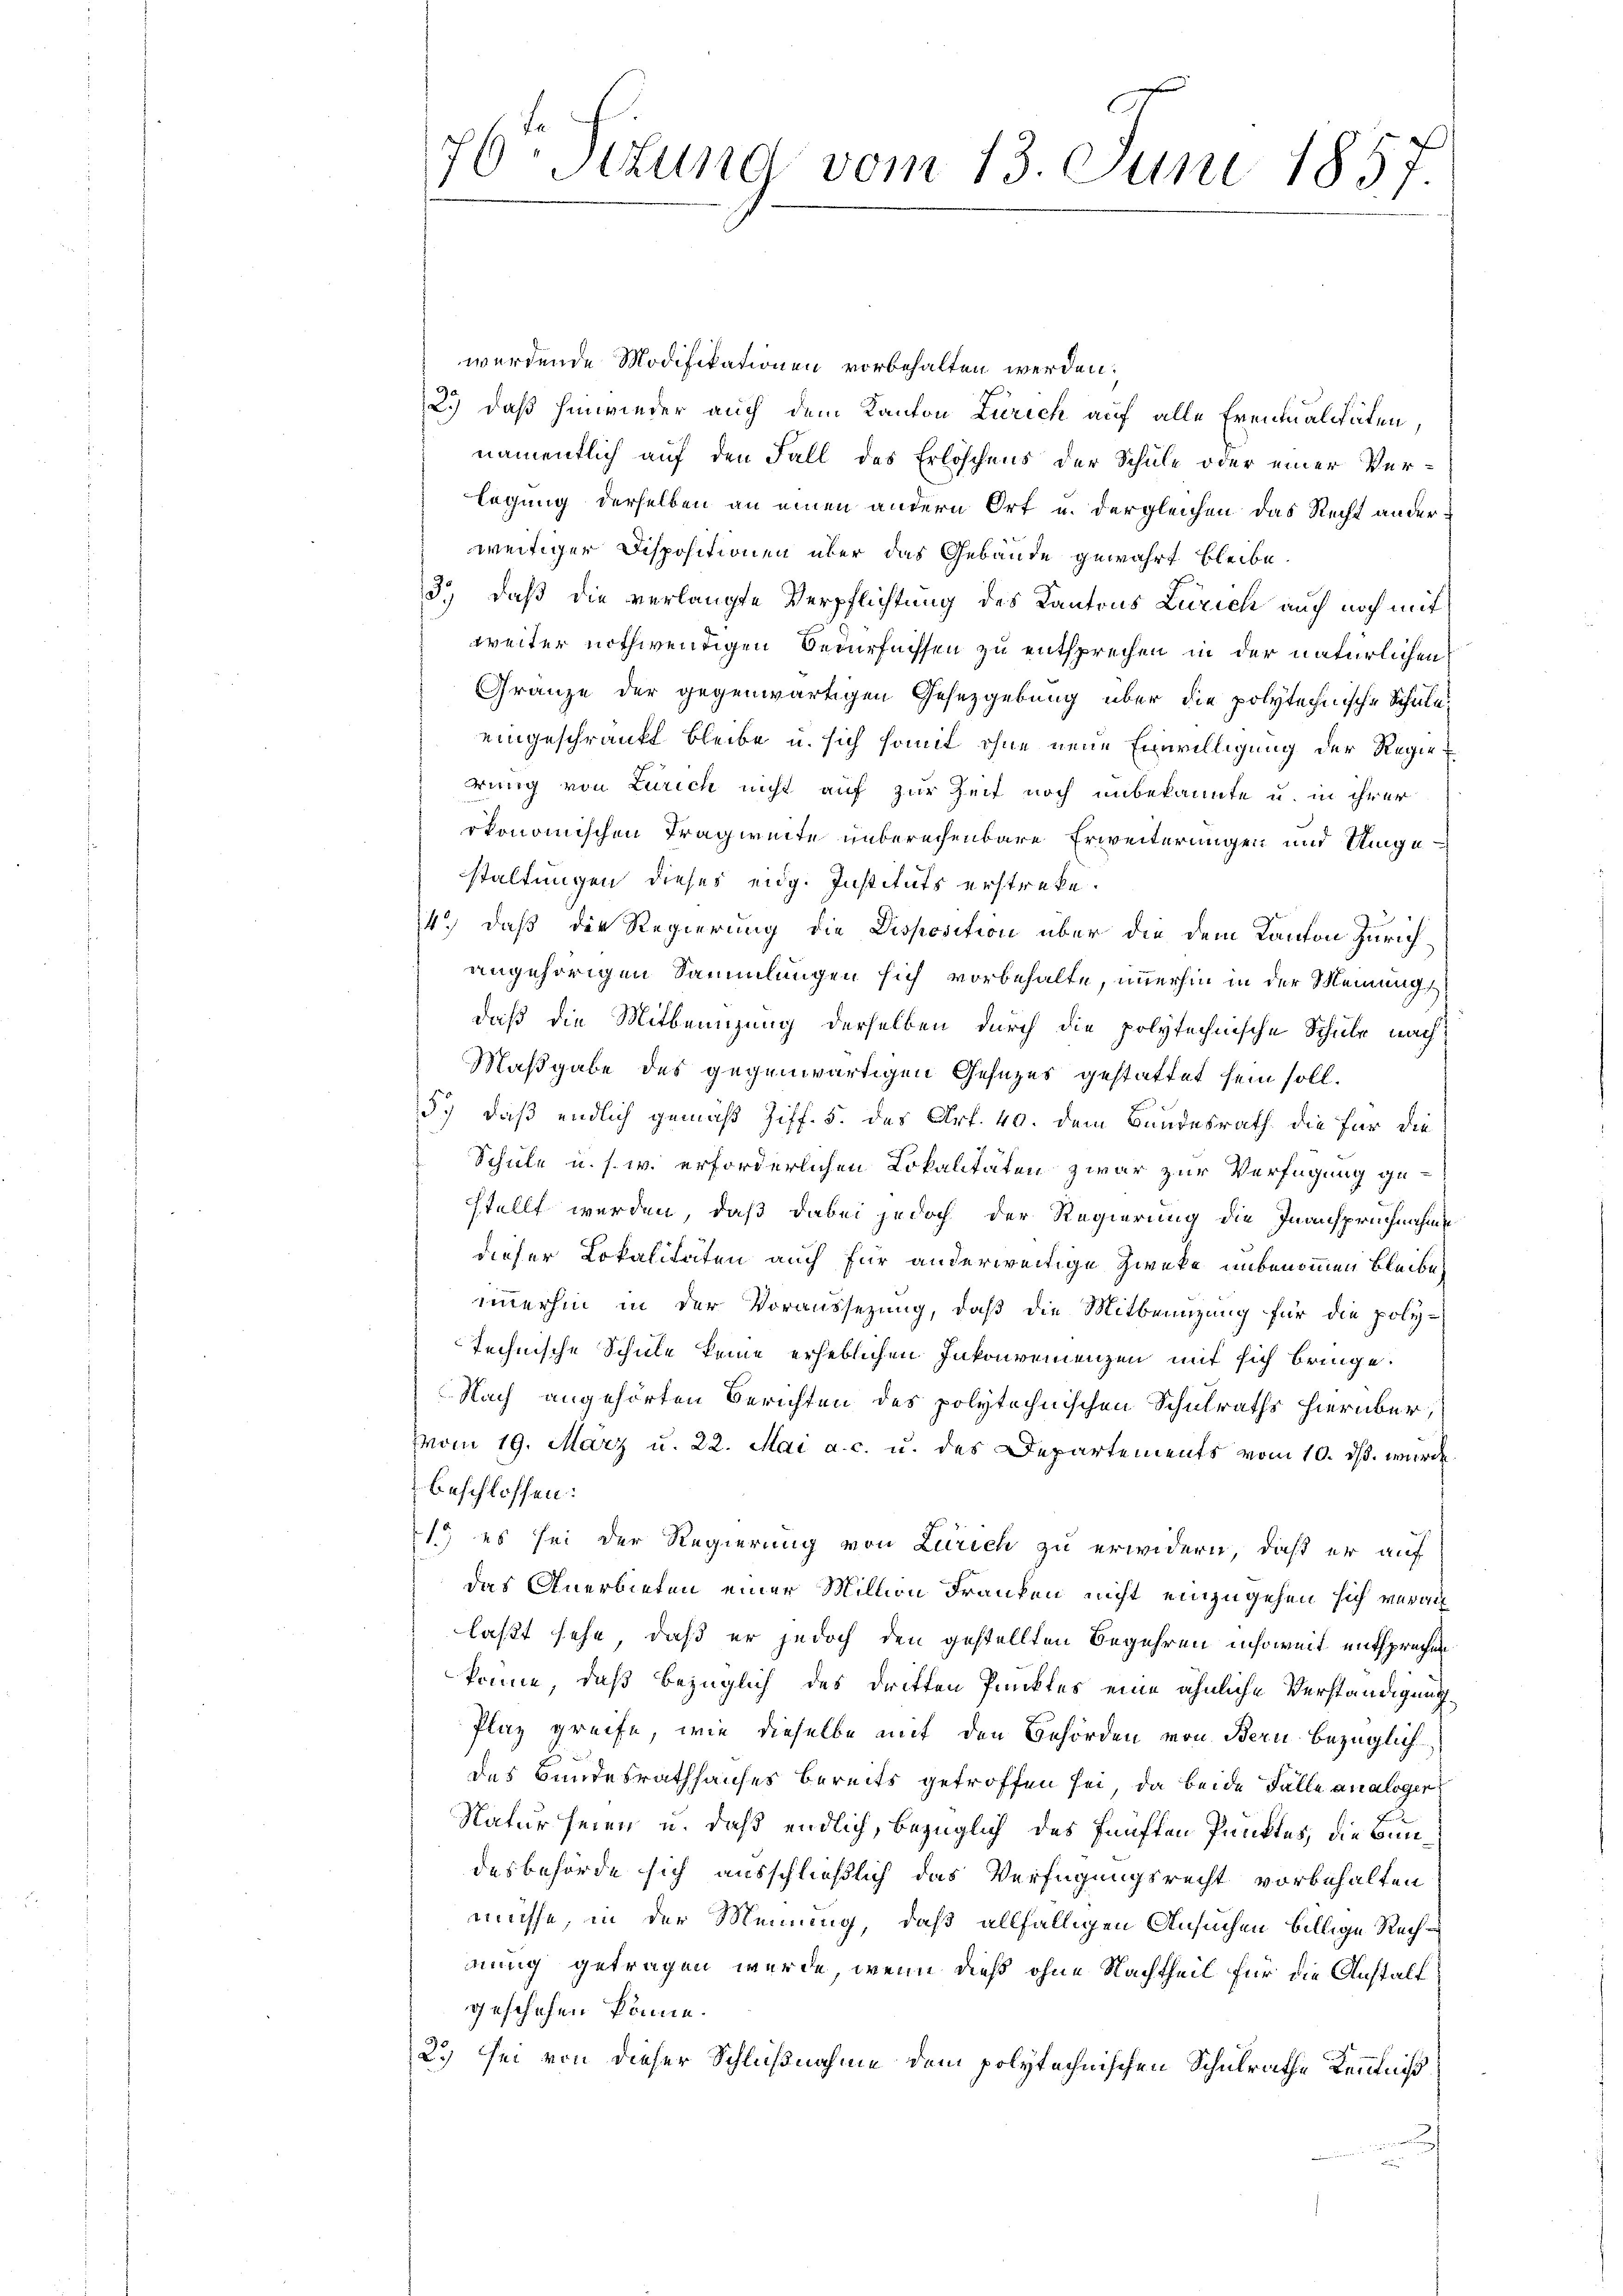
werdende Modifikationen vorbehalten werden.
2.) daß hinwieder auch dem Kanton Zürich auf alle Eventualitäten,
namentlich auf den Fall des Erlöschens der Schule oder einer Verlegung derselben an einen andern Ort u. dergleichen das Recht ander
weitiger Dispositionen über das Gebäude gewährt bleibe.
3.) daß die verlangte Verpflichtung des Kantons Zürich auch noch mit
weiter nothwendigen Bedürfnissen zu entsprechen in der natürlichen
Gränze der gegenwärtigen Gesetzgebung über die polytechnische Schule
eingeschränkt bleibe u. sich somit ohne neue Einwilligung der Regiedrung von Zürich nicht auf zur Zeit noch unbekannte u. in ihrer
ökonomischen Tragweite unberechenbare Erweiterungen und Umgestaltungen dieses eidg. Instituts erstreke.
14.) daß die Regierung die Disposition über die dem Kanton Zürichangehörigen Sammlungen sich vorbehalte, immerhin in der Meinung
daß die Mitbeinzung derselben durch die polytechnische Schule nach
Maßgabe des gegenwärtigen Gesezes gestattet sein soll.
5.) daß endlich gemäß Ziff. 5. des Art. 40. dem Bundesrath die für die
Schule u. s. w. erforderlichen Lokalitäten zwar zur Verfügung gestellt werden, daß dabei jedoch der Regierung die Inanspruchnahme
dieser Lokalitäten auch für anderweitige Zwecke unbenommen bleibe
immerhin in der Voraussezung, daß die Mitbenuzung für die poly-
technische Schule keine erheblichen Inkonvenienzen mit sich bringe.
Nach angehörten Berichten des polytechnischen Schulraths hierüber,
vom 19. März u. 22. Mai a. c. u. des Departements vom 10. ds. wurde.
beschlossen:
21.) es sei der Regierung von Zürich zu erwidern, daß er auf
das Anerbieten einer Million Franken nicht einzugehen sich verauf
laßt sehe, daß er jedoch den gestellten Begehren insoweit entsprechen.
könne, daß bezüglich des dritten Punktes eine ähnliche Verständigung
Plaz greife, wie dieselbe mit den Behörden von Bern bezüglich
des Bundesrathhauses bereits getroffen sei, da beide Fälle analoger
Natur seien u. daß endlich, bezüglich des fünften Punktes, die Bun
desbehörde sich ausschließlich das Verfügungsrecht vorbehalten
müsse, in der Meinung, daß allfälligen Ansuchen billige Rechnung getragen wurde, wenn dieß ohne Nachtheil für die Anstalt
geschehen könne.
2.) sei von dieser Schlußnahme dem polytechnischen Schulrathe Kenntniß

76. Situng vom 13. Juni 1857.